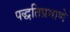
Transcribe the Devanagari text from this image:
पद्धतिप्रमाणे